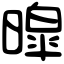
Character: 暭